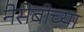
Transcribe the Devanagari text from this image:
नेसेबीच्या